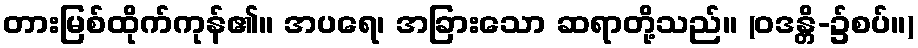
တားမြစ်ထိုက်ကုန်၏။ အပရေ၊ အခြားသော ဆရာတို့သည်။ (ဝဒန္တိ-၌စပ်။)